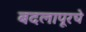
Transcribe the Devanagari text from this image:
बदलापूरचे